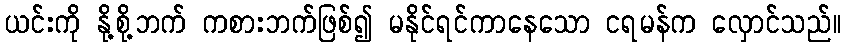
ယင်းကို နို့စို့ဘက် ကစားဘက်ဖြစ်၍ မနိုင်ရင်ကာနေသော ငရမန်က လှောင်သည်။